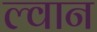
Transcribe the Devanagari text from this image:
ल्वान